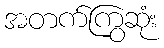
အတက်ကြွဆုံး